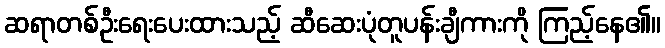
ဆရာတစ်ဦးရေးပေးထားသည့် ဆီဆေးပုံတူပန်းချီကားကို ကြည့်နေ၏။